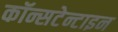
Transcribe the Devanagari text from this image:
कॉन्सटेन्टाइन